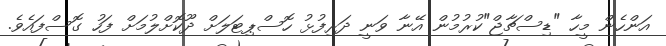
އަންހެން މީހާ "ޑިސްޗާޖް"ކުރުމުން އޭނާ ވަނީ ދަރިފުޅު ހޮސްޕިޓަލަށް ދޫކޮށްލުމަށް ފަހު ގޮސްފައެވެ.